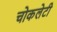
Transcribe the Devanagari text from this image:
चोकलेटी